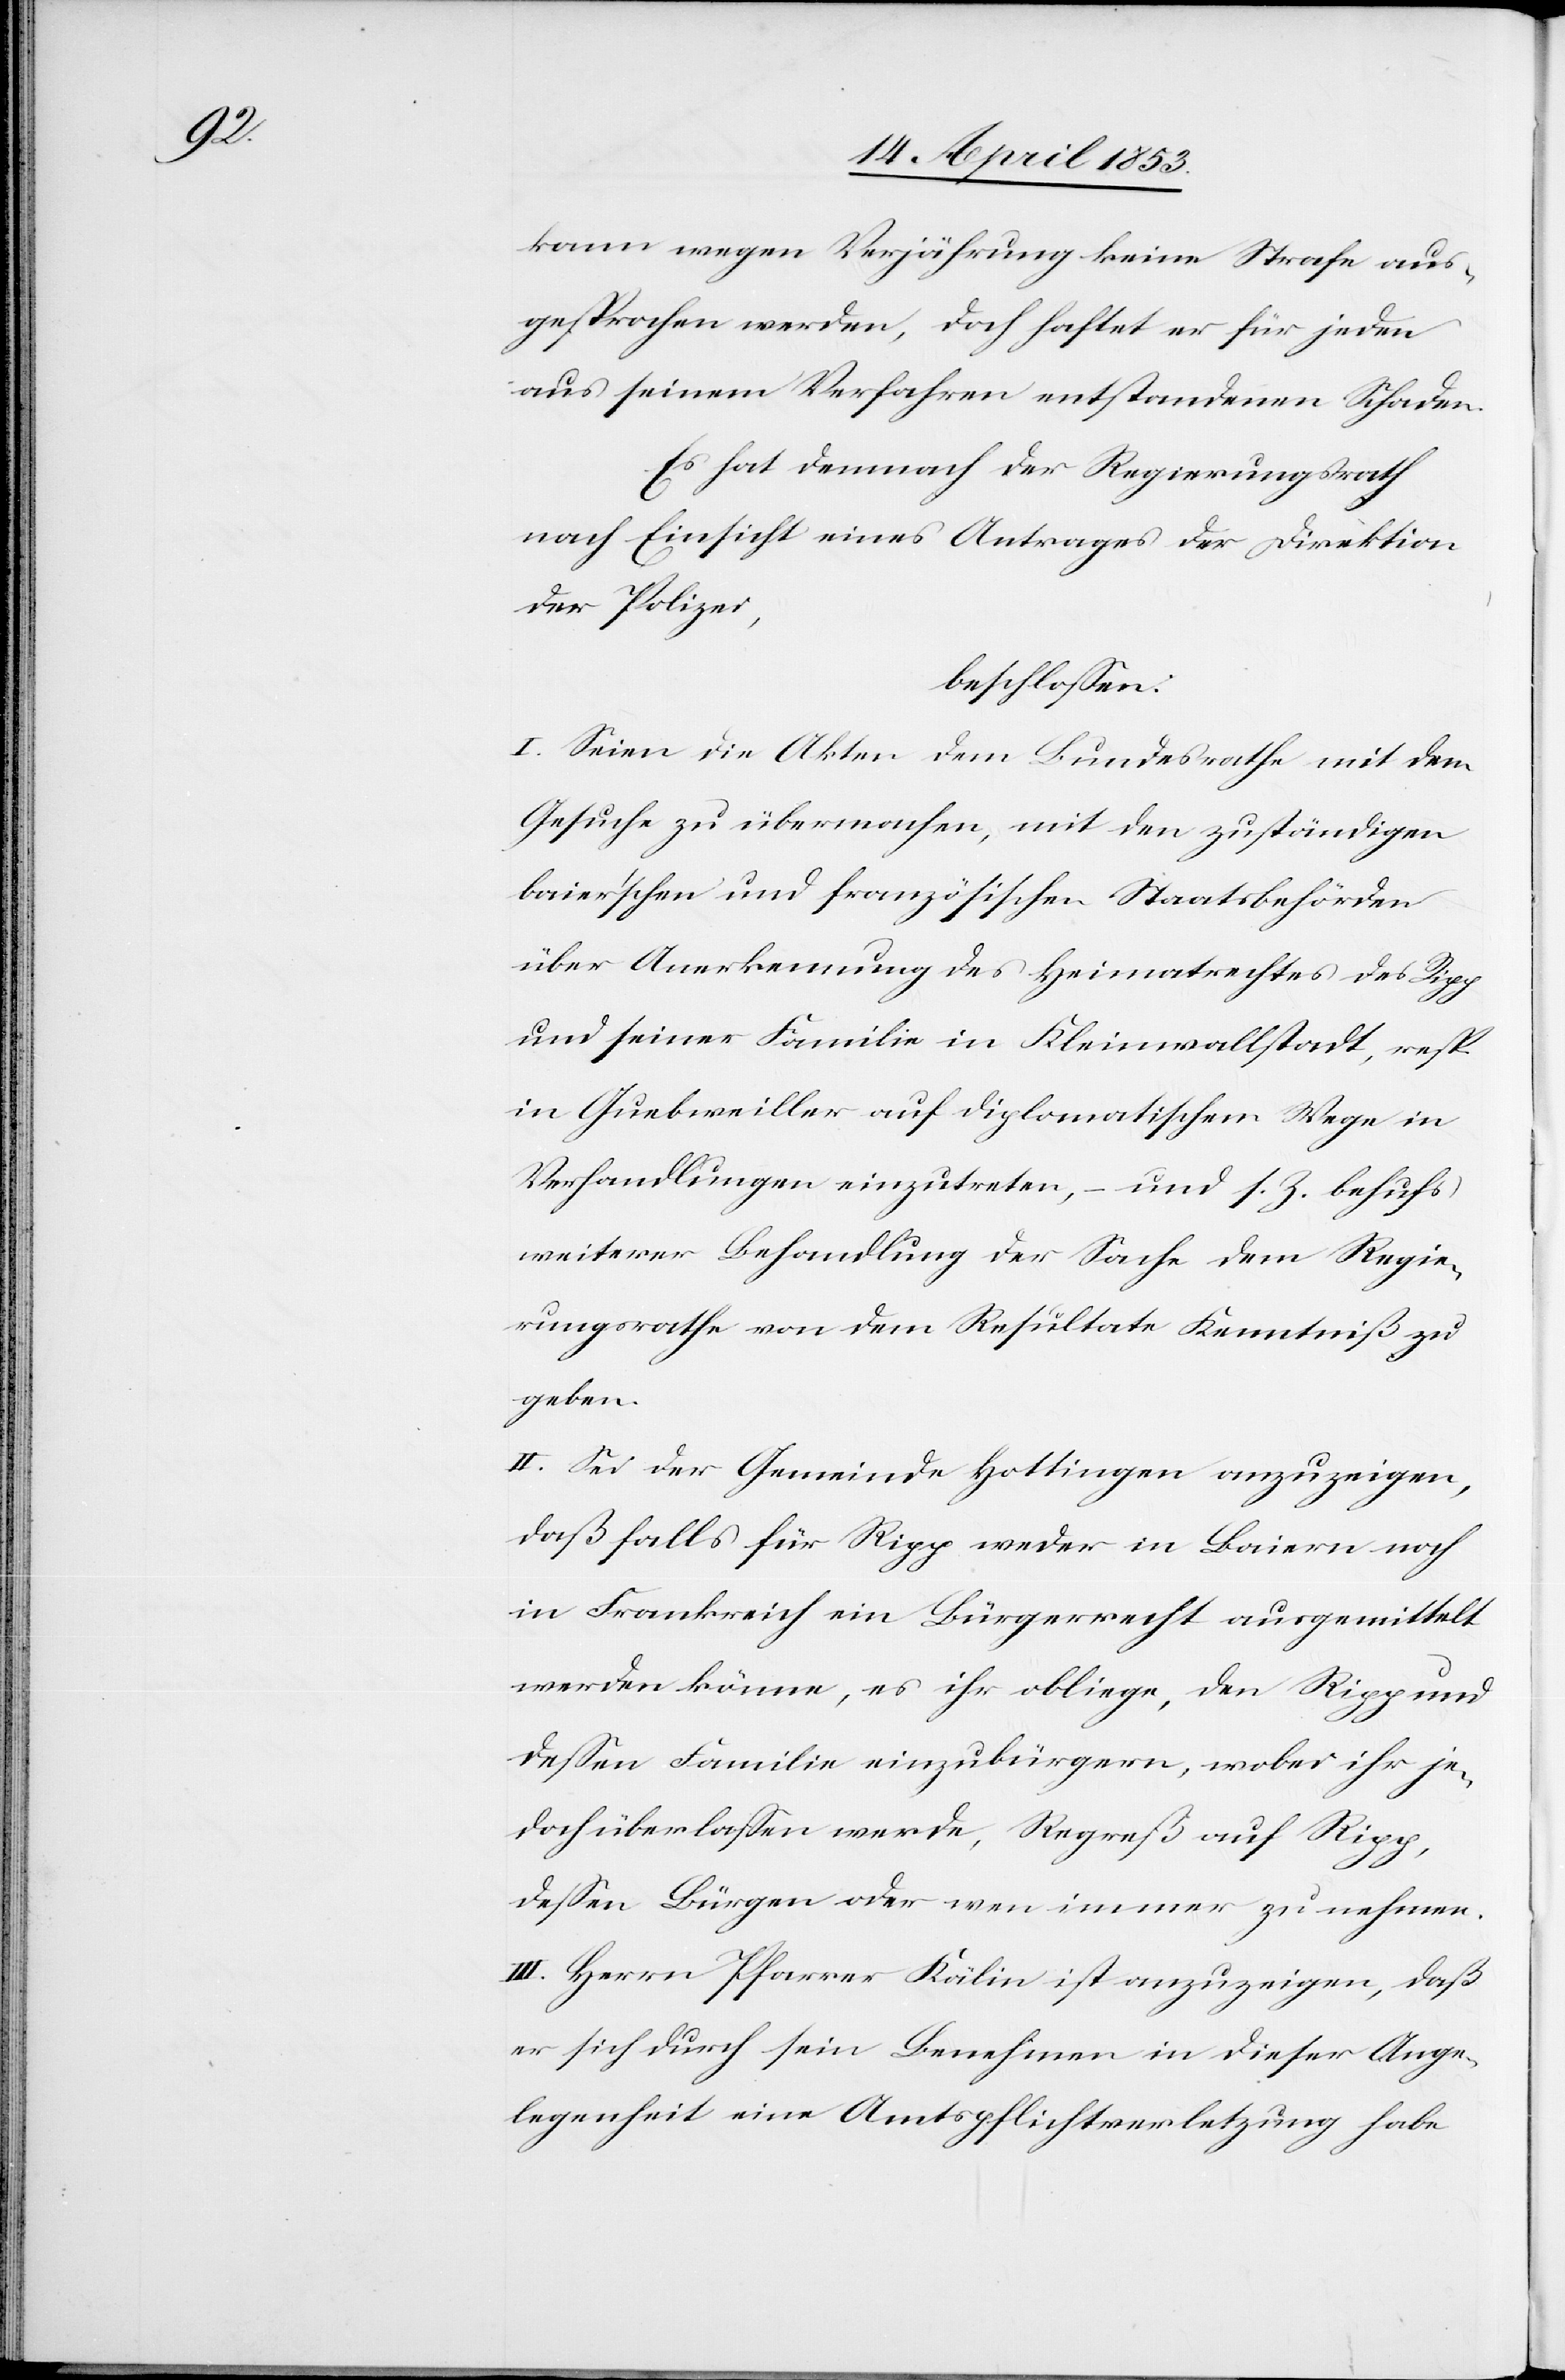
kann wegen Verjährung keine Strafe aus¬
gesprochen werden, doch haftet er für jeden
aus seinem Verfahren entstandenen Schaden.
Es hat demnach der Regierungsrath
nach Einsicht eines Antrages der Direktion
der Polizei,
beschloßen:
I. Seien die Akten dem Bundesrathe mit dem
Gesuche zu übermachen, mit den zuständigen
baier’schen und französischen Staatsbehörden
über Anerkennung des Heimatrechtes des Rigg
und seiner Familie in Kleinwallstadt, resp.
in Guebweiller auf diplomatischem Wege in
Verhandlungen einzutreten, – und z. B. behufs,
weiterer Behandlung der Sache dem Regie¬
rungsrathe von dem Resultate Kenntniß zu
geben.
II. Sei der Gemeinde Hottingen anzuzeigen,
daß falls für Rigg weder in Baiern noch
in Frankreich ein Bürgerrecht ausgemittelt
werden könne, es ihr obliege, den Rigg und
deßen Familie einzubürgern, wobei ihr je¬
doch überlaßen werde, Regreß auf Rigg,
deßen Bürgen oder wen immer zu nehmen.
III. Herrn Pfarrer Kälin ist anzuzeigen, daß
er sich durch sein Benehmen in dieser Ange¬
legenheit eine Amtspflichtverletzung habe